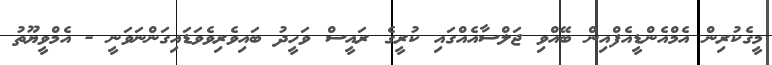
މީގެކުރިން އެމްއެންޑީއެފްއިން ބޭއްވި ޖަލްސާއެއްގައި ކުރީގެ ރައީސް ވަހީދު ބައިވެރިވެވަޑައިގަންނަވަނީ - އެމްވީޔޫތު